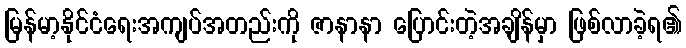
မြန်မာ့နိုင်ငံရေးအကျပ်အတည်းကို ဇာနာနာ ပြောင်းတဲ့အချိန်မှာ ဖြစ်လာခဲ့ရ၏